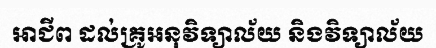
អាជីព ដល់គ្រូអនុវិទ្យាល័យ និងវិទ្យាល័យ